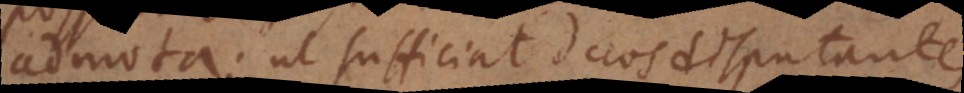
admota; ut sufficiat duos disputantes